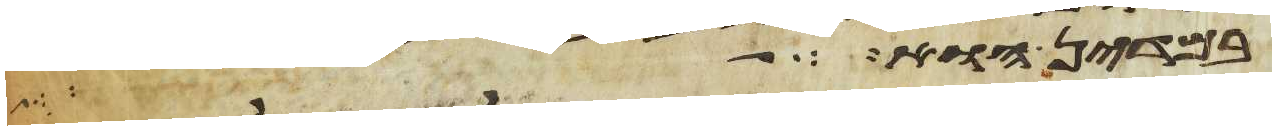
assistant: במדין הוא